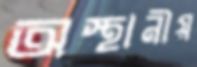
অস্থানীয়